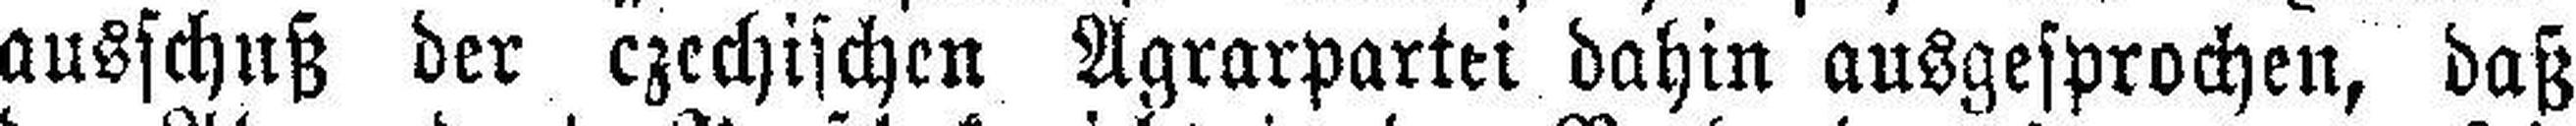
ausschuß der czechischen Agrarpartei dahin ausgesprochen, daß